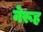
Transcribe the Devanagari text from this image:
नेरूह